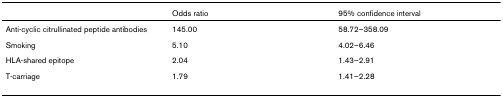
<table><thead><tr><td></td><td><b>Odds ratio</b></td><td><b>95% confidence interval</b></td></tr></thead><tbody><tr><td>Anti-cyclic citrullinated peptide antibodies</td><td>145.00</td><td>58.72–358.09</td></tr><tr><td>Smoking</td><td>5.10</td><td>4.02–6.46</td></tr><tr><td>HLA-shared epitope</td><td>2.04</td><td>1.43–2.91</td></tr><tr><td>T-carriage</td><td>1.79</td><td>1.41–2.28</td></tr></tbody></table>